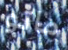
ماتو